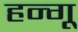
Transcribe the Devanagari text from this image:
हन्गू